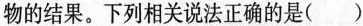
物的结果。下列相关说法正确的是()